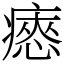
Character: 瘱